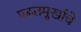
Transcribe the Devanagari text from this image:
पढतमुर्खाचे